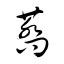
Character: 蕎